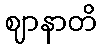
ဈာနာတိ